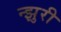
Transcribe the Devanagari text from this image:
न्झुरी